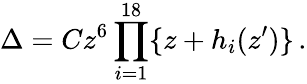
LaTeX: \Delta=Cz^{6}\prod_{i=1}^{18}\{ z+h_{i}(z^{\prime})\} \, .